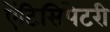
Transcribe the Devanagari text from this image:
ऐंटिसिपेटरी